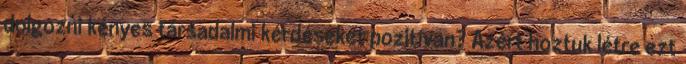
dolgozni kényes társadalmi kérdéseket pozitívan? Azért hoztuk létre ezt